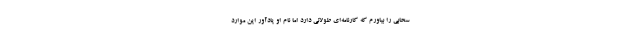
سحابی را بیاورم که کارنامه‌ای طولانی دارد اما نام او یادآور این موارد